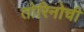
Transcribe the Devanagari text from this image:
तोरिनोची